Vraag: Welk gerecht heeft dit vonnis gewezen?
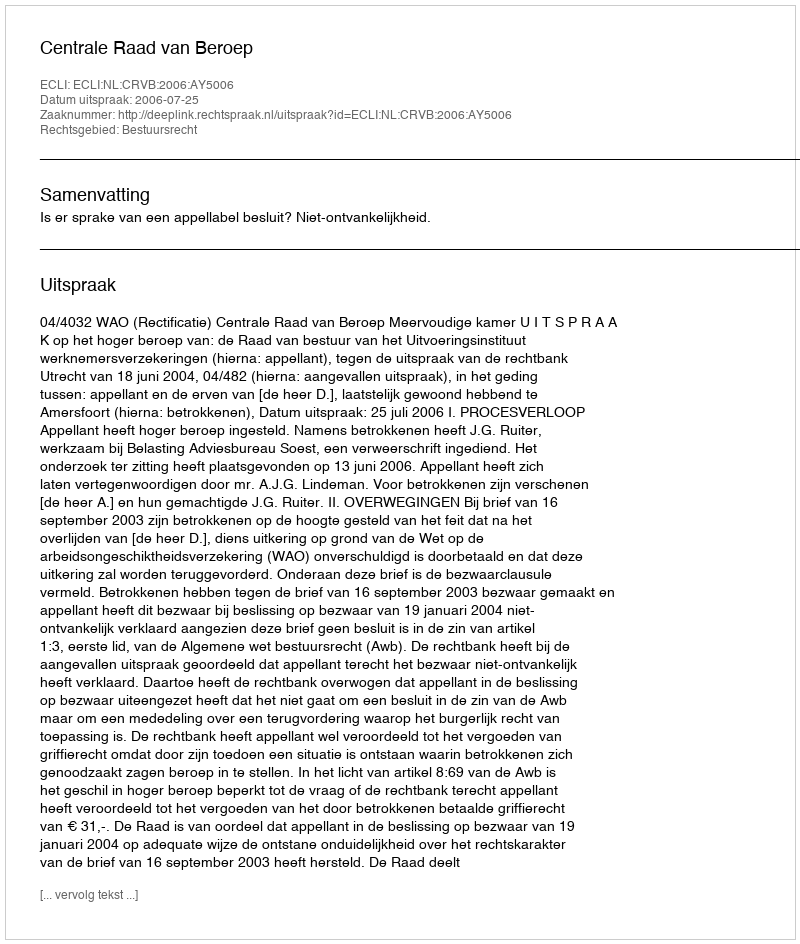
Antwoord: Centrale Raad van Beroep